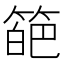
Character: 𥰗